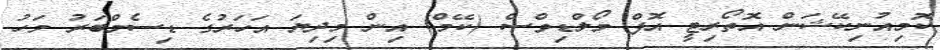
ކޮމިއުނިކޭޝަން އޮތޯރިޓީ އޮފް މޯލްޑިވްސް (ކޭމް) އިން މިދިޔަ އަހަރުގެ ޑިސެމްބަރު މަހު